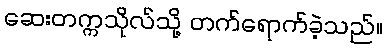
ဆေးတက္ကသိုလ်သို့ တက်ရောက်ခဲ့သည်။